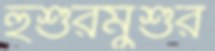
হুশুরমুশুর